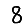
Digit: 8